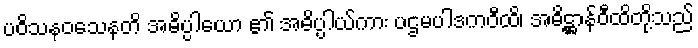
ပဝိသနဝသေနတိ အဓိပ္ပါယော ၏ အဓိပ္ပါယ်ကား ပဌမပါဒကဝီထိ၊ အဓိဋ္ဌာန်ဝီထိတို့သည်